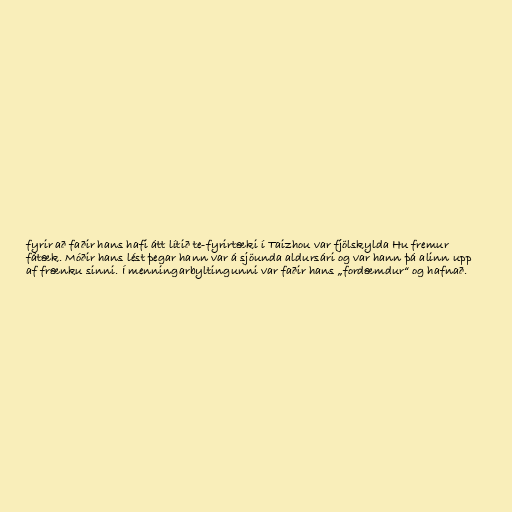
fyrir að faðir hans hafi átt lítið te-fyrirtæki í Taizhou var fjölskylda Hu fremur
fátæk. Móðir hans lést þegar hann var á sjöunda aldursári og var hann þá alinn upp
af frænku sinni. Í menningarbyltingunni var faðir hans „fordæmdur“ og hafnað.